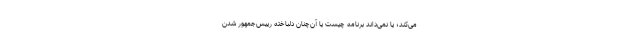
می‌کند؛ یا نمی‌داند برنامه چیست یا آن‌چنان دلباخته رییس‌جمهور شدن